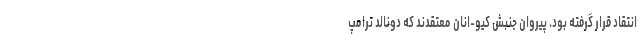
انتقاد قرار گرفته بود. پیروان جنبش کیو‌-انان معتقدند که دونالد ترامپ